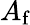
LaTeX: A_{\textrm{f}}